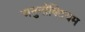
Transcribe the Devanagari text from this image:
अनुनॉक्टियम